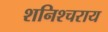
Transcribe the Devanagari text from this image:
शनिश्चराय